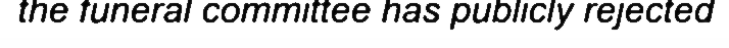
the funeral committee has publicly rejected